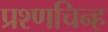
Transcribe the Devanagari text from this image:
प्रश्णचिन्ह